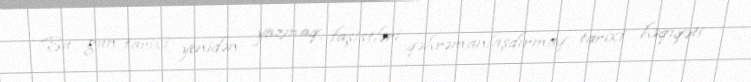
Bu gün tarixi yenidən yazmaq, faşistləri qəhrəmanlaşdırmaq, tarixi həqiqəti